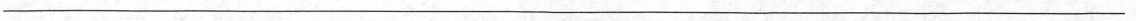
___